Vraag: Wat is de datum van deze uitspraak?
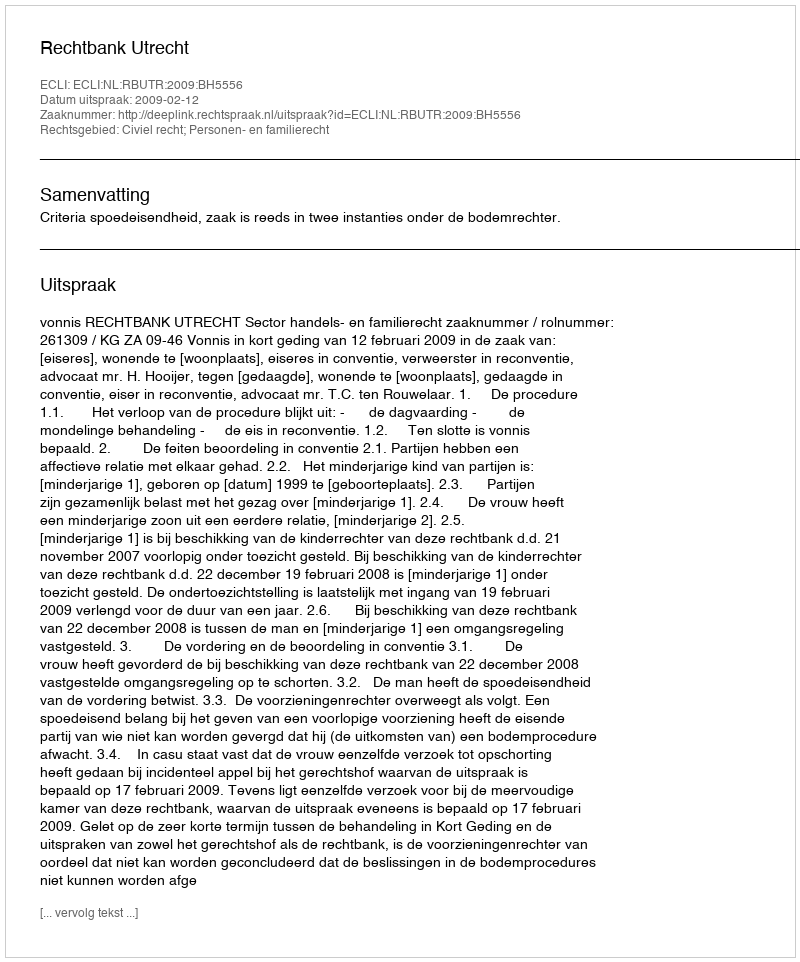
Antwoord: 2009-02-12